Tezpur Lunatic Asylum reports 1877-1894 - 1877-1894
Year: 1877
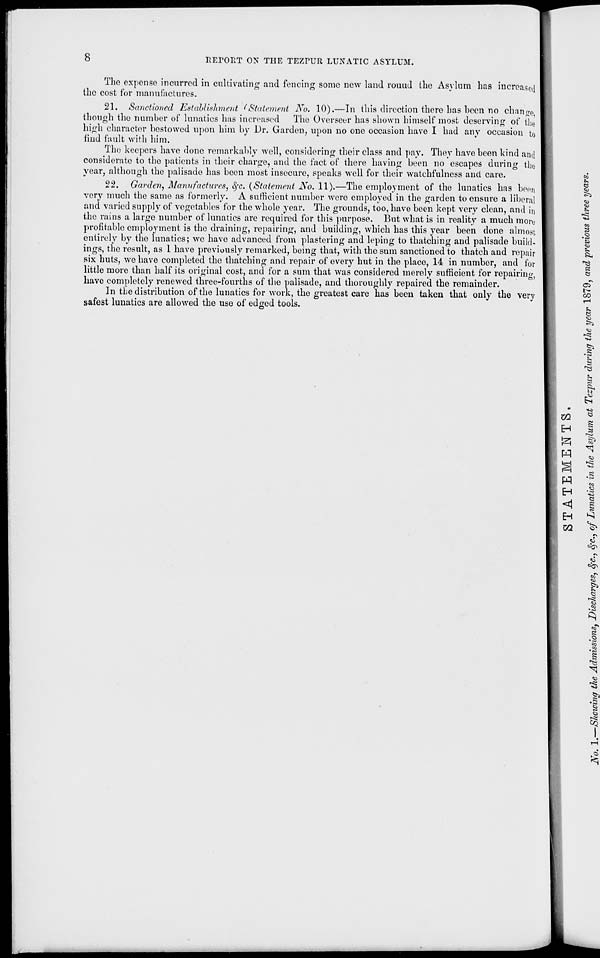
8
REPORT ON THE TEZPUR LUNATIC ASYLUM.
The expense incurred in cultivating and fencing some new land rouud the Asylum lias increased
the cost for manufactures.
21. Sanctioned Establishment (Statement No. 10).—In this direction there has been no change
though the number of lunatics has increased The Overseer has shown himself most deserving of tl le
high character bestowed upon him by Dr. Garden, upon no one occasion have I had any occasion to
find fault with him.
The keepers have done remarkably well, considering their class and pay. They have been kind and
considerate to the patients in their charge, and the fact of there having been no escapes during the
year, although the palisade has been most insecure, speaks well for their watchfulness and care.
22. Garden, Manufactures, eye. {Statement iVo. 11).—The employment of the lunatics has been
very much the same as formerly. A sufficient number were employed in the garden to ensure a liberal
and varied supply of vegetables for the whole year. The grounds, too, have been kept very clean, and in
the rains a large number of lunatics are required for this purpose. But what is in reality a much more
profitable employment is the draining, repairing, and budding, which has this year been done almost
entirely by the lunatics; we have advanced from plastering and leping to thatching and palisade build-
ings, the result, as 1 have previously remarked, being that, with the sum sanctioned to thatch and repair
six huts, we have completed the thatching and repair of every hut in the place, 14 in number, and for
little more than half its original cost, and for a sum that was considered merely sufficient for repairing,
have completely renewed three-fourths of the palisade, and thoroughly repaired the remainder.
In tbe distribution of the lunatics for work, the greatest care has been taken that only the very
safest lunatics are allowed the use of edged tools.